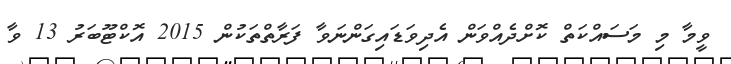
ވީމާ މި މަސައްކަތް ކޮށްދެއްވަން އެދިވަޑައިގަންނަވާ ފަރާތްތަކުން 2015 އޮކްޓޫބަރު 13 ވާ